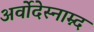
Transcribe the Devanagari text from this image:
अर्वोदेस्नाम्न्द